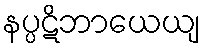
နပ္ပဋိဘာယေယျ